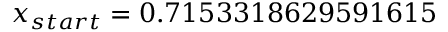
x _ { s t a r t } = 0 . 7 1 5 3 3 1 8 6 2 9 5 9 1 6 1 5